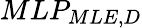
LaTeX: MLP_{MLE,D}